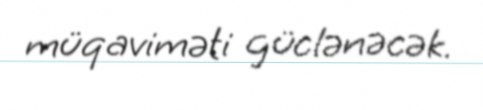
müqaviməti güclənəcək.